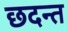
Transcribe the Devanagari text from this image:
छदन्त